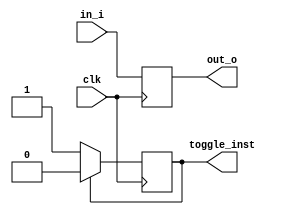
module pipelineIFID(input[7:0] in_i,
						  input clk,
						  output reg[7:0] out_o,
						  output toggle_inst);
						
reg t;
assign toggle_inst=t;
initial begin
	t = 0;
end	
							
	always@(posedge clk)begin

		out_o <= in_i;
		t<= t? 0 : 1;
	
	end
								
endmodule